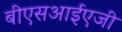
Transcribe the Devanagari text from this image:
बीएसआईएजी